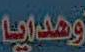
وهدايا